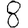
Digit: 8